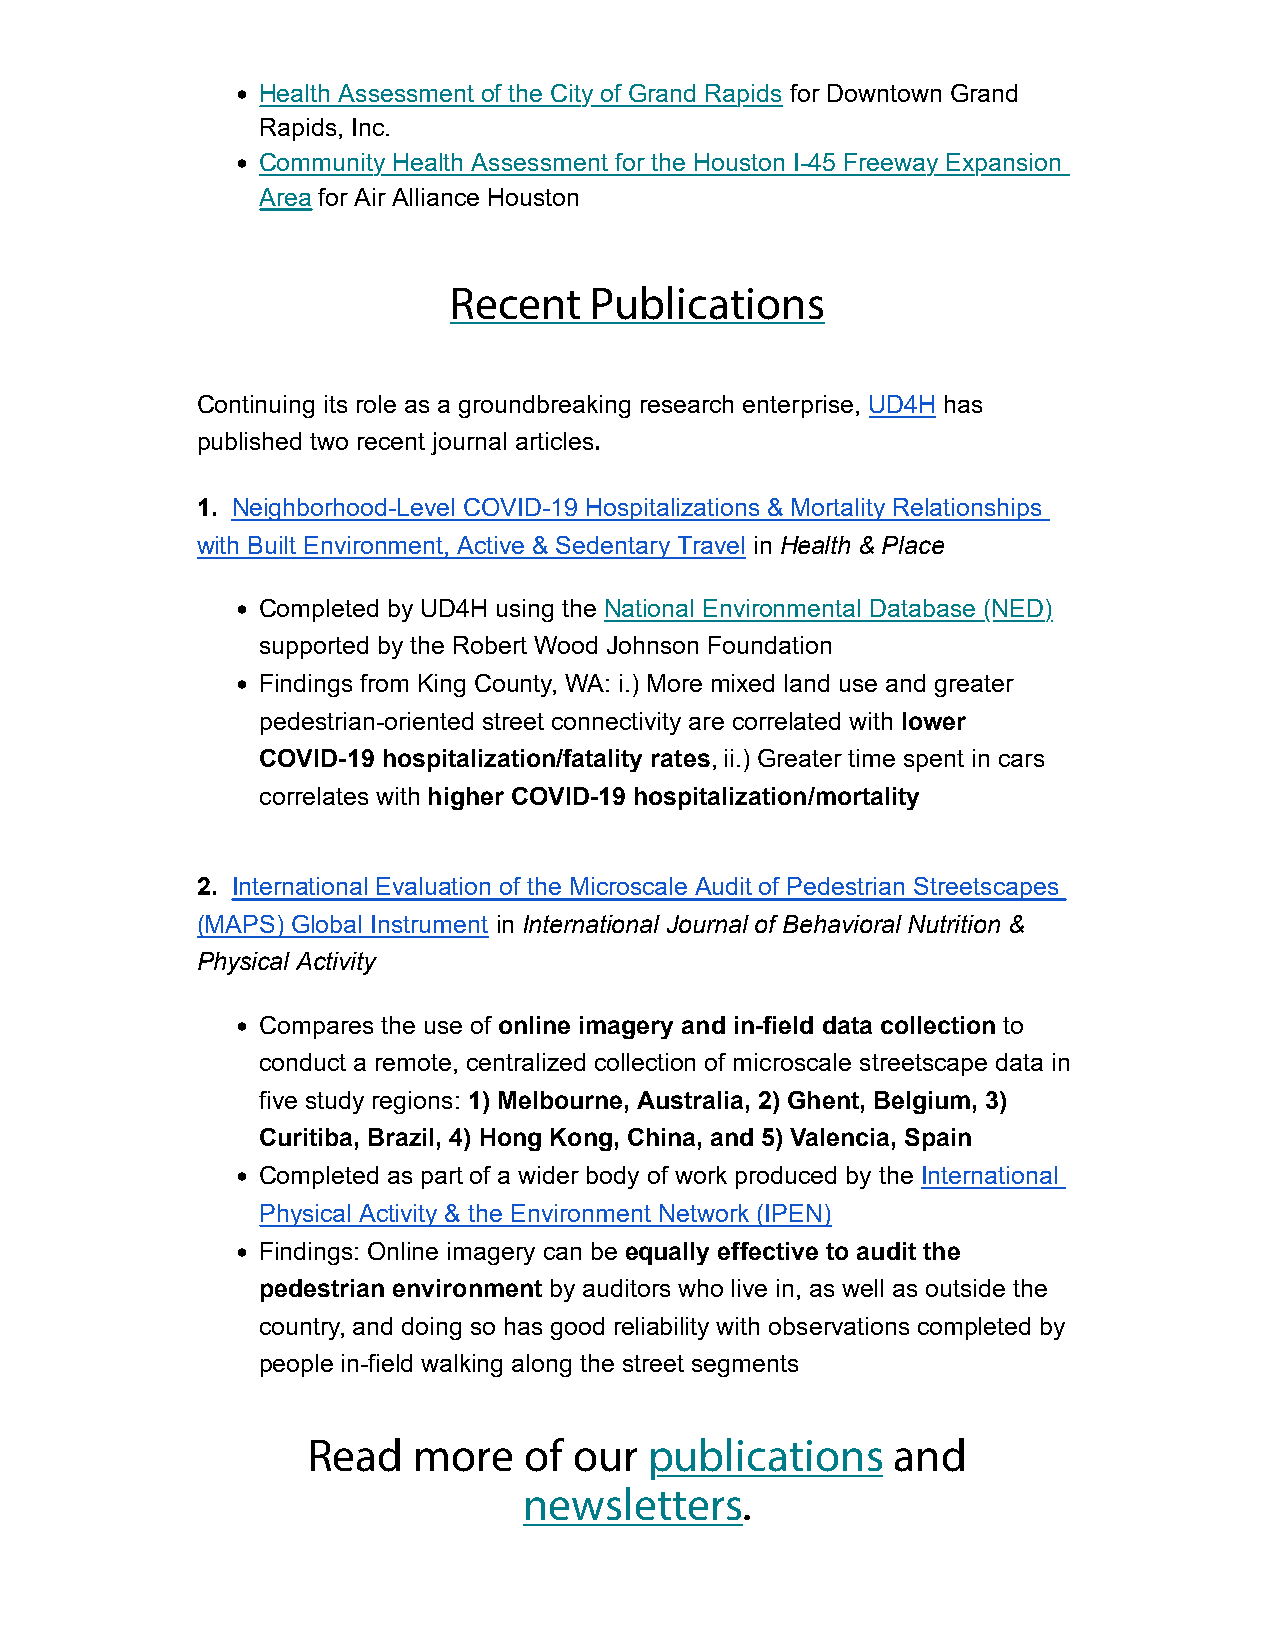
• Health Assessment of the City of Grand Rapids for Downtown Grand
 Rapids, Inc.
 • Community Health Assessment for the Houston I-45 Freeway Expansion
 Area for Air Alliance Houston
 Recent   Publications
 Continuing its role as a groundbreaking research enterprise, UD4H has
 published two recent journal articles.
 1. Neighborhood-Level COVID-19 Hospitalizations & Mortality Relationships
 with Built Environment, Active & Sedentary Travel in Health & Place
 • Completed by UD4H using the National Environmental Database (NED)
 supported by the Robert Wood Johnson Foundation
 • Findings from King County, WA: i.) More mixed land use and greater
 pedestrian-oriented street connectivity are correlated with lower
 COVID-19 hospitalization/fatality rates, ii.) Greater time spent in cars
 correlates with higher COVID-19 hospitalization/mortality
 2. International Evaluation of the Microscale Audit of Pedestrian Streetscapes
 (MAPS) Global Instrument in International Journal of Behavioral Nutrition &
 Physical Activity
 • Compares the use of online imagery and in-field data collection to
 conduct a remote, centralized collection of microscale streetscape data in
 five study regions: 1) Melbourne, Australia, 2) Ghent, Belgium, 3)
 Curitiba, Brazil, 4) Hong Kong, China, and 5) Valencia, Spain
 • Completed as part of a wider body of work produced by the International
 Physical Activity & the Environment Network (IPEN)
 • Findings: Online imagery can be equally effective to audit the
 pedestrian environment by auditors who live in, as well as outside the
 country, and doing so has good reliability with observations completed by
 people in-field walking along the street segments
 Read   more    of our  publications    and
 newsletters.